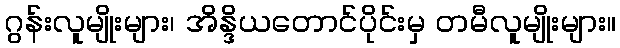
ဂွန်းလူမျိုးများ၊ အိန္ဒိယတောင်ပိုင်းမှ တမီလူမျိုးများ။